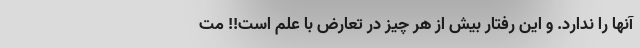
آنها را ندارد. و این رفتار بیش از هر چیز در تعارض با علم است!! مت